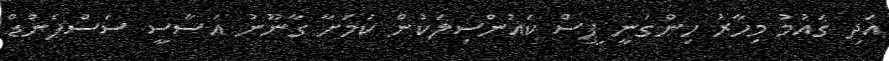
އަދި ގައުމު މިހާރު ހިންގަނީ ޕީސް ކައުންސިލަކުން ކަމަށާ ގާނޫނު އަސާސީ ސަސްޕެންޑް